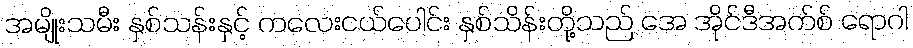
အမျိုးသမီး နှစ်သန်းနှင့် ကလေးငယ်ပေါင်း နှစ်သိန်းတို့သည် အေ အိုင်ဒီအက်စ် ရောဂါ